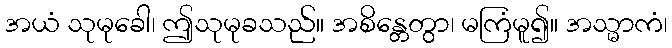
အယံ သုမုခေါ၊ ဤသုမုခသည်။ အစိန္တေတွာ၊ မကြံမူ၍။ အသ္မာကံ၊